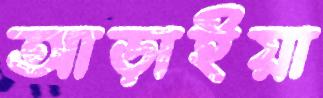
আড়াইয়া